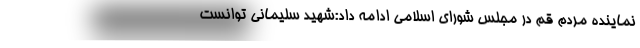
نماینده مردم قم در مجلس شورای اسلامی ادامه داد:شهید سلیمانی توانست